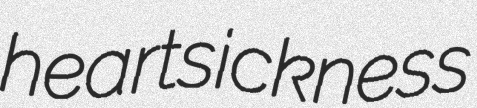
heartsickness